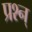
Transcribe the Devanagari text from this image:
प्रश्न्